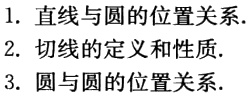
1. 直线与圆的位置关系.
2. 切线的定义和性质.
3. 圆与圆的位置关系.